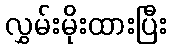
လွှမ်းမိုးထားပြီး